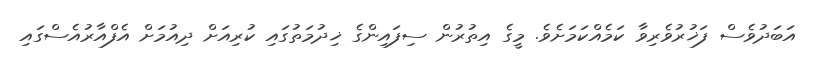
އަބަދުވެސް ފަޚުރުވެރިވާ ކަމެއްކަމަށެވެ. މީގެ އިތުރުން ސިފައިންގެ ޚިދުމަތުގައި ކުރިއަށް ދިއުމަށް އެފްއާރުއެސްގައި